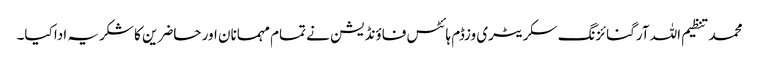
محمد تنظیم اللہ آرگنائزنگ سکریٹری وزڈم ہائٹس فاؤنڈیشن نے تمام مہمانان اور حاضرین کا شکریہ ادا کیا۔